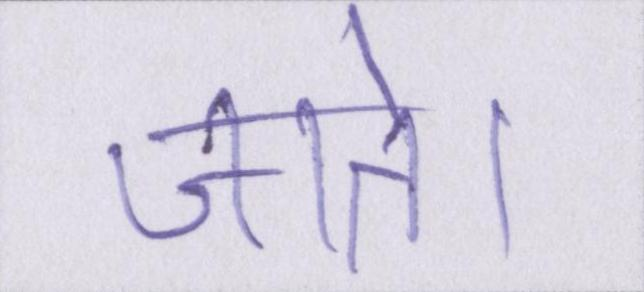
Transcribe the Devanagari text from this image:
जाते।